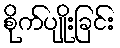
စိုက်ပျိုးခြင်း